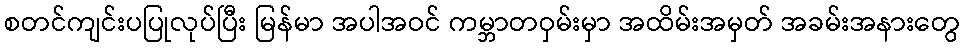
စတင်ကျင်းပပြုလုပ်ပြီး မြန်မာ အပါအဝင် ကမ္ဘာတဝှမ်းမှာ အထိမ်းအမှတ် အခမ်းအနားတွေ